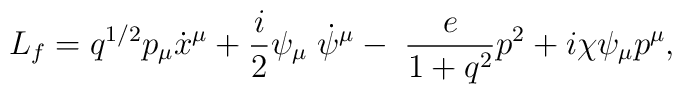
L_{f} = q^{1/2} p_{\mu} \dot x^{\mu} + \frac{i}{2}\psi_{\mu}\;\dot \psi^{\mu}- \; \frac{e}{1+ q^2} p^2 + i \chi \psi_{\mu} p^\mu,